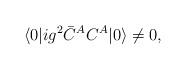
LaTeX: \begin{align*}\langle 0| ig^2 \bar{C}^A C^A |0 \rangle \not= 0 ,\end{align*}